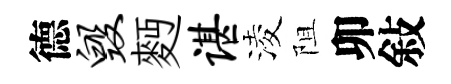
德毁麪谌淩阻卯敍